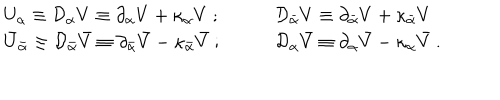
\begin{array} { l l } { { U _ { \alpha } \equiv { \cal D } _ { \alpha } V \equiv \partial _ { \alpha } V + \kappa _ { \alpha } V \ ; \qquad } } & { { { \cal D } _ { \bar { \alpha } } V \equiv \partial _ { \bar { \alpha } } V + \kappa _ { \bar { \alpha } } V } } \\ { { \bar { U } _ { \bar { \alpha } } \equiv { \cal D } _ { \bar { \alpha } } \bar { V } \equiv \partial _ { \bar { \alpha } } \bar { V } - \kappa _ { \bar { \alpha } } \bar { V } \ ; \qquad } } & { { { \cal D } _ { \alpha } \bar { V } \equiv \partial _ { \alpha } \bar { V } - \kappa _ { \alpha } \bar { V } \ . } } \\ \end{array}